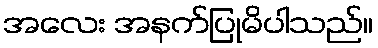
အလေး အနက်ပြုမိပါသည်။